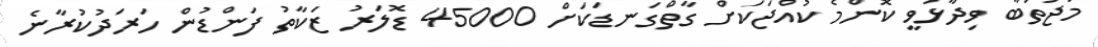
މުޖުތަބާ ވިދާޅުވީ ކޮންމެ ކުއްޖަކަށް ގާތްގަނޑަކަށް 45000 ޑޮލަރު ޒަކާތު ފަންޑުން ހަރަދުކުރާނެ